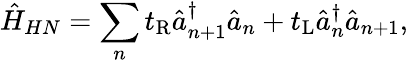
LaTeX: \hat{H}_{HN}=\sum_{n}t_{\mathrm{R}}\hat{a}_{n+1}^{\dagger}\hat{a}_{n}+t_{\mathrm{L}}\hat{a}_{n}^{\dagger}\hat{a}_{n+1},